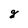
Character: g